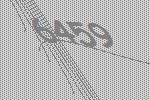
6459